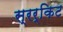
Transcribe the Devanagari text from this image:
स्रर्किट